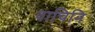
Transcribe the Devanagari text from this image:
वाचिनि